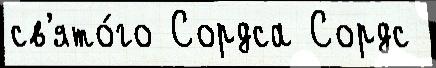
св'ято́го Сордса Сордс